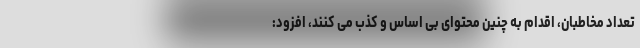
تعداد مخاطبان، اقدام به چنین محتوای بی اساس و کذب می کنند، افزود: